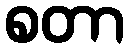
စတာ